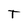
Character: T